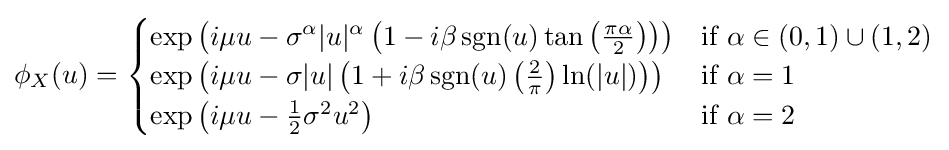
\phi _{X}(u)={\begin{cases}\exp \left(i\mu u-\sigma ^{\alpha }|u|^{\alpha }\left(1-i\beta \operatorname {sgn} (u)\tan \left({\frac {\pi \alpha }{2}}\right)\right)\right)&{\text{if }}\alpha \in (0,1)\cup (1,2)\\\exp \left(i\mu u-\sigma |u|\left(1+i\beta \operatorname {sgn} (u)\left({\frac {2}{\pi }}\right)\ln(|u|)\right)\right)&{\text{if }}\alpha =1\\\exp \left(i\mu u-{\frac {1}{2}}\sigma ^{2}u^{2}\right)&{\text{if }}\alpha =2\end{cases}}